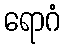
ရောဂံ